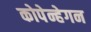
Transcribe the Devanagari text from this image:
कोपेन्हेगन